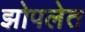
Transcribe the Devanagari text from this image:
झोपलेत